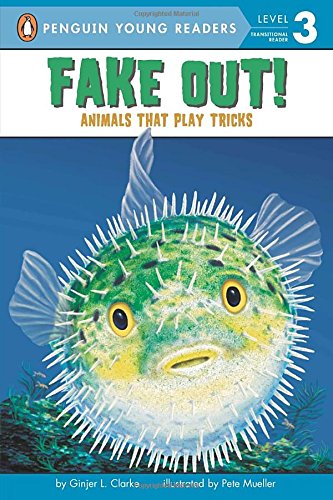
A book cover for Fake Out!: Animals That Play Tricks (Penguin Young Readers, Level 3); Ginjer L. Clarke; Children's Books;